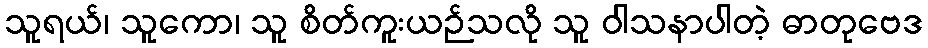
သူရယ်၊ သူကော၊ သူ စိတ်ကူးယဉ်သလို သူ ဝါသနာပါတဲ့ ဓာတုဗေဒ